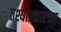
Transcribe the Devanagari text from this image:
तश्याप्रकारच्या